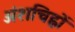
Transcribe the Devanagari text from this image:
अंशचिह्नों